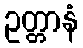
ဥတ္တာနံ